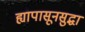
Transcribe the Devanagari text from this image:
ह्यापासूनसुद्धा